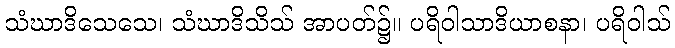
သံဃာဒိသေသေ၊ သံဃာဒိသိသ် အာပတ်၌။ ပရိဝါသာဒိယာစနာ၊ ပရိဝါသ်